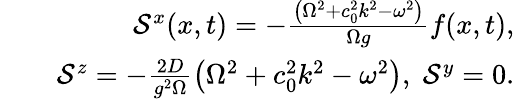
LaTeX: \begin{array}{rlr}&{}&{\mathcal{S}^{x}(x,t)=-\frac{\left(\Omega^{2}+c_{0}^{2}k^{2}-\omega^{2}\right)}{\Omega g}f(x,t),}\\ &{}&{\mathcal{S}^{z}=-\frac{2D}{g^{2}\Omega}\left(\Omega^{2}+c_{0}^{2}k^{2}-\omega^{2}\right),\; \mathcal{S}^{y}=0.}\end{array}